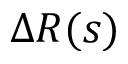
\Delta R ( s )